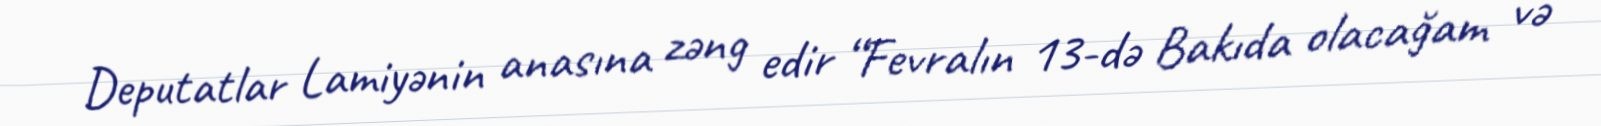
Deputatlar Lamiyənin anasına zəng edir “Fevralın 13-də Bakıda olacağam və